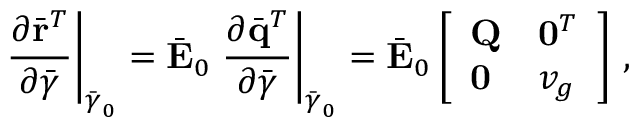
\left. \frac { \partial \bar { \bf r } ^ { T } } { \partial \bar { \boldsymbol { \gamma } } } \right| _ { \bar { \boldsymbol { \gamma } } _ { 0 } } = \bar { \bf E } _ { 0 } \left. \frac { \partial \bar { \bf q } ^ { T } } { \partial \bar { \boldsymbol { \gamma } } } \right| _ { \bar { \boldsymbol { \gamma } } _ { 0 } } = \bar { \bf E } _ { 0 } \left[ \begin{array} { l l } { { \bf Q } } & { { \bf 0 } ^ { T } } \\ { { \bf 0 } } & { v _ { g } } \end{array} \right] \, ,